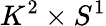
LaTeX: K^{2}\times S^{1}